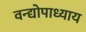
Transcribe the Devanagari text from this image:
वन्द्योपाध्याय